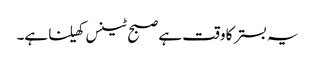
یہ بستر کا وقت ہے صبح ٹینس کھیلنا ہے۔